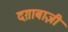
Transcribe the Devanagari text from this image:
दग़ाबाज़ी